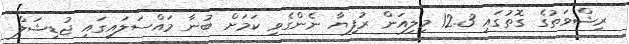
ރިޝްވަތުގެ ގޮތުގައި 12.3 މިލިއަން ރުފިޔާ ނެންގެވި ކަމަށް ބުނާ މައްސަލައިގައި ޖުޑިޝަލް